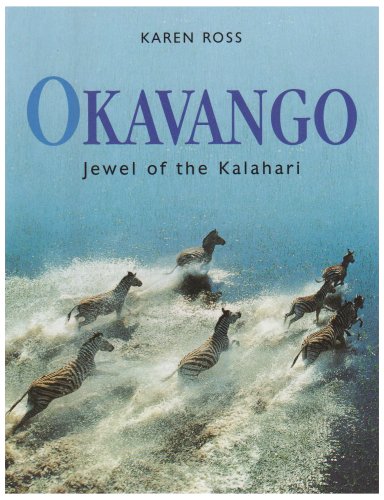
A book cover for Okavango: Jewel of the Kalahari; Karen Ross; Travel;